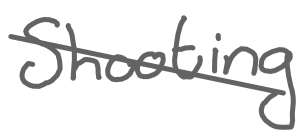
Text: Shooting
Cross-out: cross
Writing tool: digital_gray